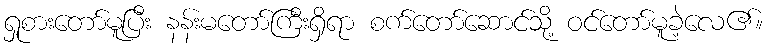
ရှုစားတော်မူပြီး နန်းမတော်ကြီးရှိရာ စက်တော်ဆောင်သို့ ဝင်တော်မူခဲ့လေ၏။